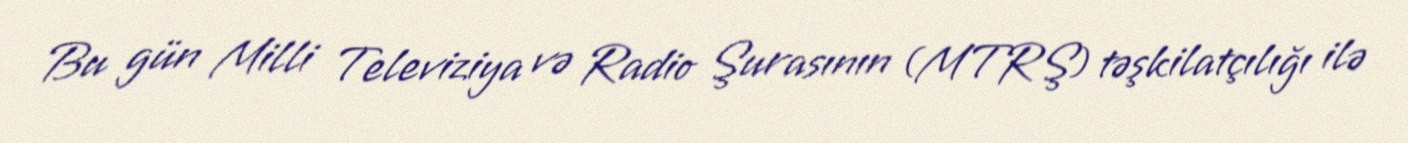
Bu gün Milli Televiziya və Radio Şurasının (MTRŞ) təşkilatçılığı ilə